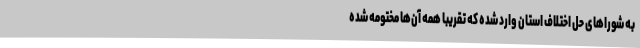
به شوراهای حل اختلاف استان وارد شده که تقریبا همه آن‌ها مختومه شده